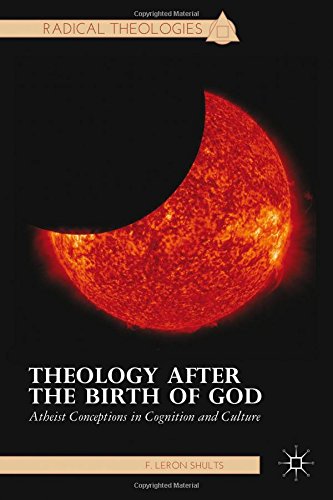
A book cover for Theology after the Birth of God: Atheist Conceptions in Cognition and Culture (Radical Theologies); F. LeRon Shults; Religion & Spirituality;